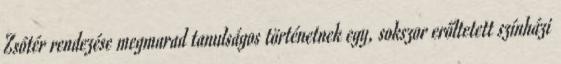
Zsótér rendezése megmarad tanulságos történetnek egy, sokszor erőltetett színházi